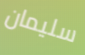
سليمان